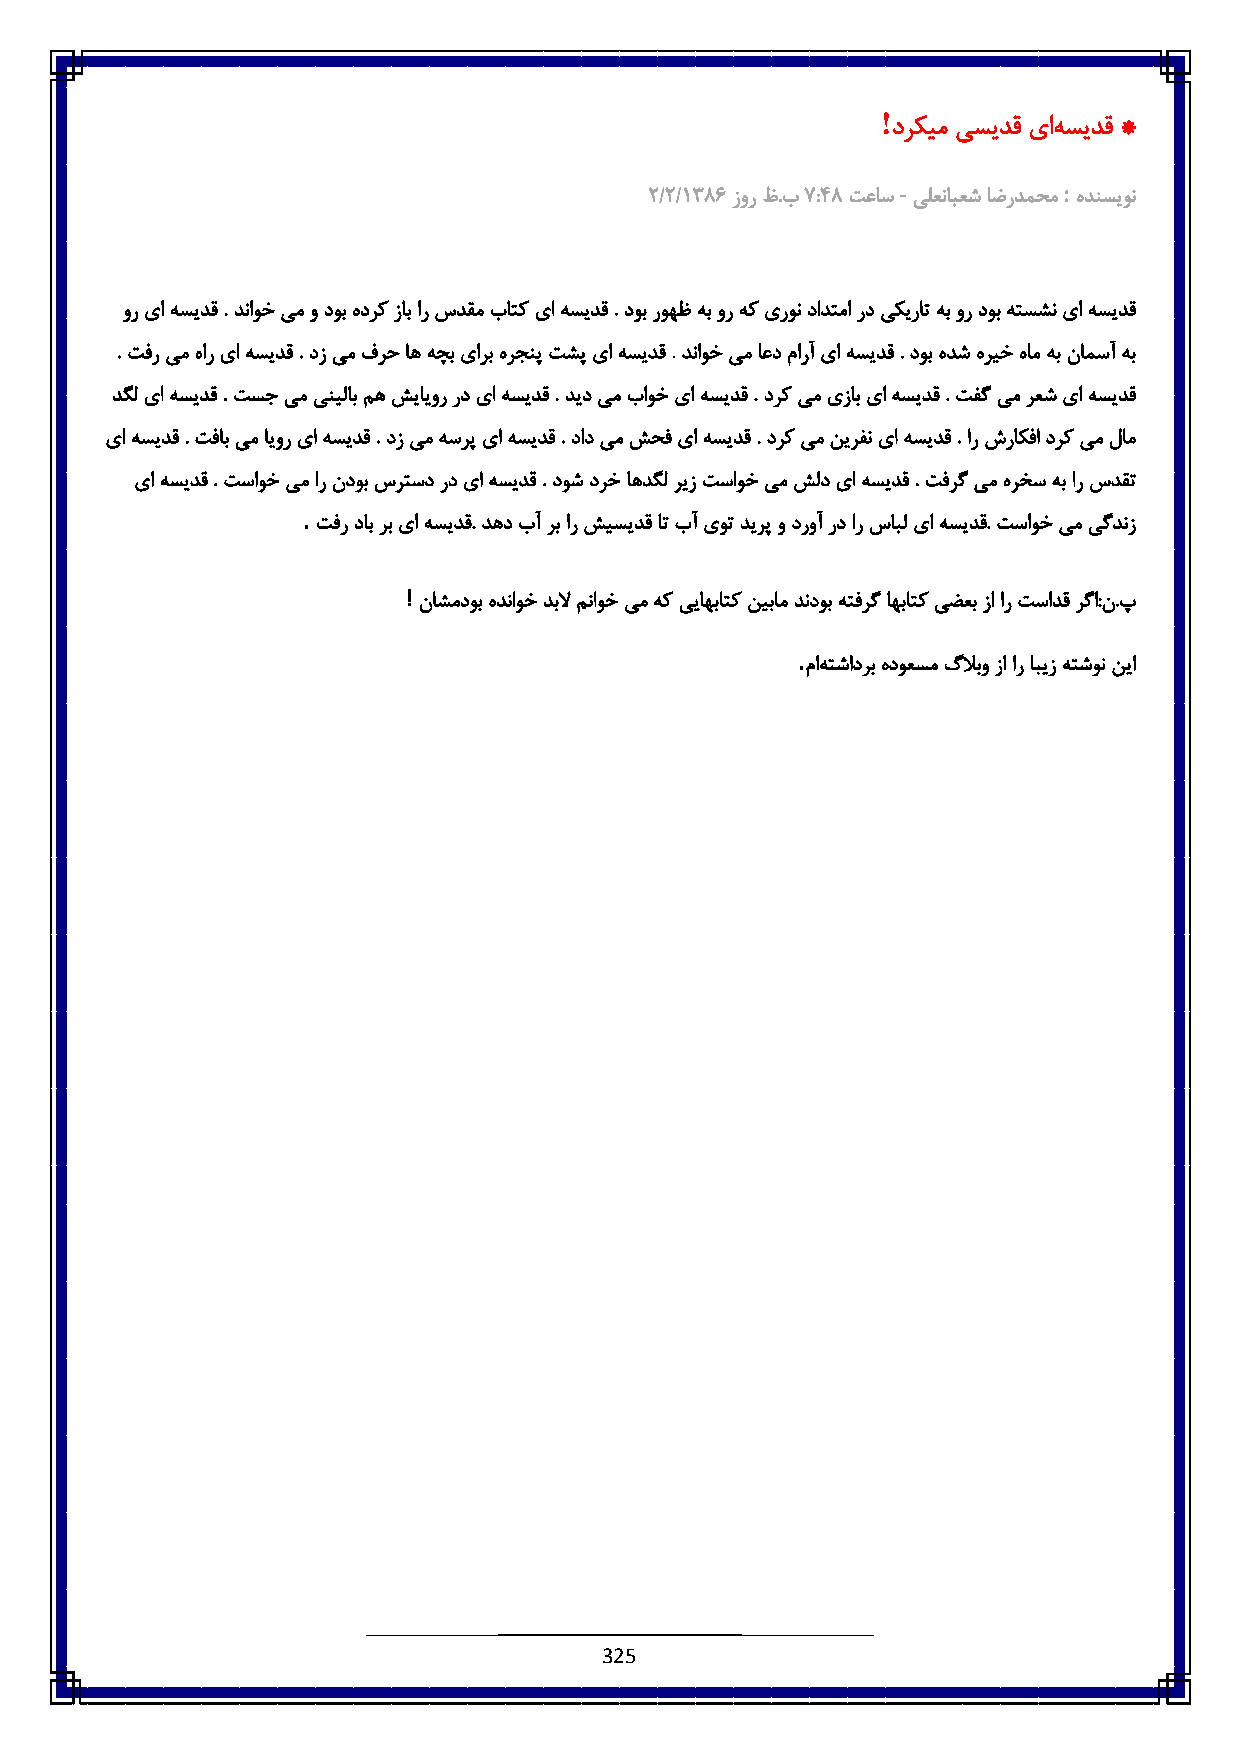
!
 درکیم یسیدق یاه سیدق *
 -          :
 :/:/6831 زور ظ.ب٧ :٠3 تعاس یلعنابعش اضردمحم هدنسیون
 ور یا هسیدق . دناوخ یم و دوب هدرک زاب ار سدقم باتک یا هسیدق . دوب روهظ هب ور هک یرون دادتما رد یکیرات هب ور دوب هتسشن یا هسیدق
 . تفر یم هار یا هسیدق . دز یم فرح اه هچب یارب هرجنپ تشپ یا هسیدق . دناوخ یم اعد مارآ یا هسیدق . دوب هدش هریخ هام هب نامسآ هب
 دگل یا هسیدق . تسج یم ینیلاب مه شیایور رد یا هسیدق . دید یم باوخ یا هسیدق . درک یم یزاب یا هسیدق . تفگ یم رعش یا هسیدق
 یا هسیدق . تفاب یم ایور یا هسیدق . دز یم هسرپ یا هسیدق . داد یم شحف یا هسیدق . درک یم نیرفن یا هسیدق . ار شراکفا درک یم لام
 یا هسیدق . تساوخ یم ار ندوب سرتسد رد یا هسیدق . دوش درخ اهدگل ریز تساوخ یم شلد یا هسیدق . تفرگ یم هرخس هب ار سدقت
 .
 تفر داب رب یا هسیدق. دهد بآ رب ار شیسیدق ات بآ یوت دیرپ و دروآ رد ار سابل یا هسیدق. تساوخ یم یگدنز
 !
 ناشمدوب هدناوخ دبلا مناوخ یم هک ییاهباتک نیبام دندوب هتفرگ اهباتک یضعب زا ار تسادق رگا:ن.پ
 .
 ماه تشادربهدوعسمگلابو زا ار ابیز هتشون نیا
 325